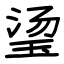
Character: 𬍡